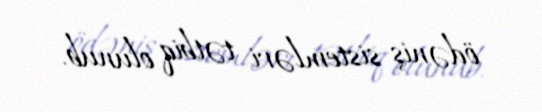
ödəniş sistemləri tətbiq olunub.